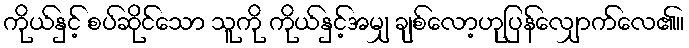
ကိုယ်နှင့် စပ်ဆိုင်သော သူကို ကိုယ်နှင့်အမျှ ချစ်လော့ဟုပြန်လျှောက်လေ၏။